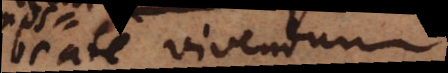
beate vivendum